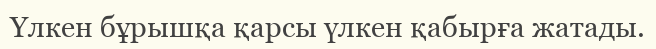
Үлкен бұрышқа қарсы үлкен қабырға жатады.